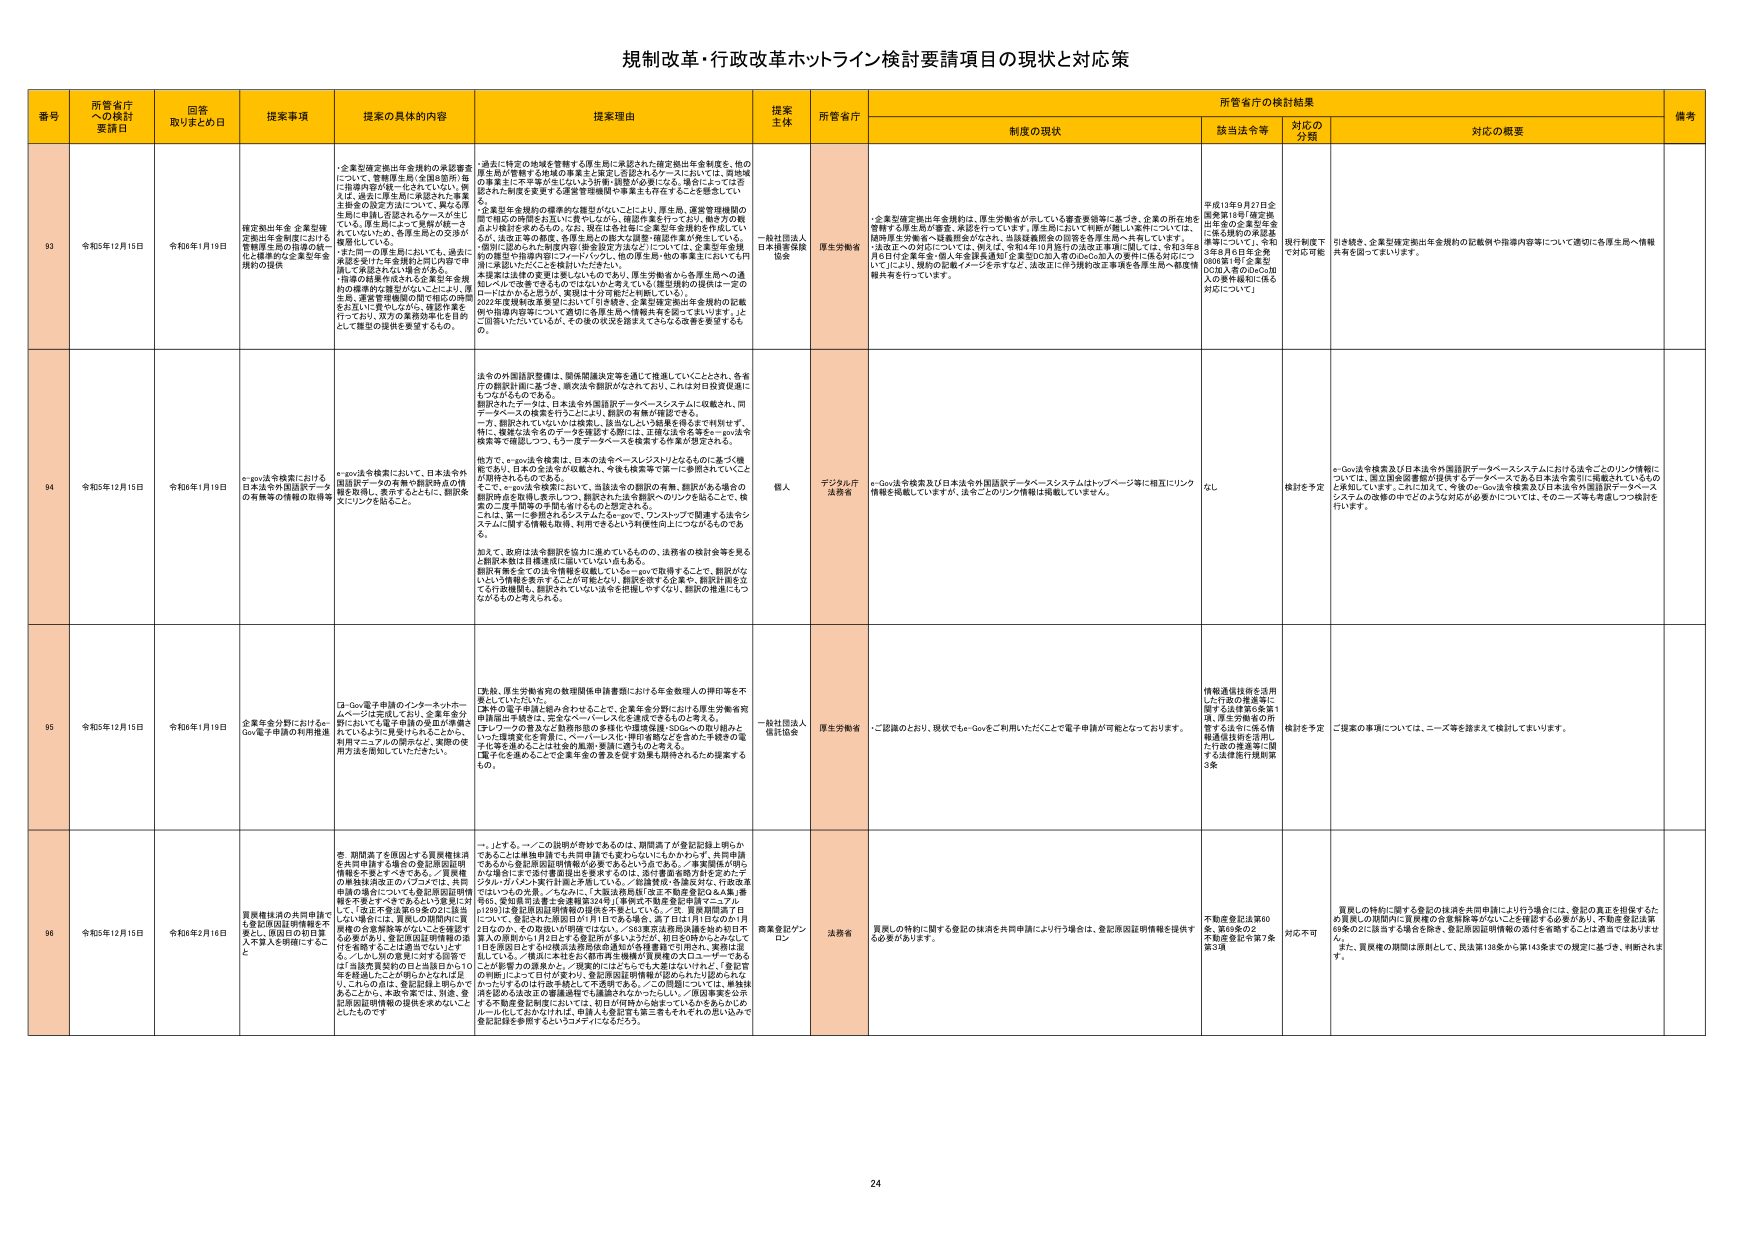
規制改革・行政改革ホットライン検討要請項目の現状と対応策

番号 所管省庁への検討要請日 回答取りまとめ日 提案事項 提案の具体的内容 提案理由 提案主体 所管省庁 制度の現状 該当法令等 対応の分類 対応の概要 備考

93 令和5年12月15日 令和6年1月19日 確定拠出年金・企業型確定拠出年金制度における管轄厚生局の指導の統一と標準的な企業型年金規約の提供 ・企業型確定拠出年金規約の承認審査について、管轄厚生局（全国8箇所）毎に指導内容が統一化されていない。例えば、過去に「厚生局に承認された事業主年金の設定方法について、新たな厚生局に申請し否認されたケースが生じている。厚生局によって基準が統一されていないため、各厚生局との交渉が複雑化している。 ・また同一の厚生局においても、過去に承認を受けた年金規約と既に内容で申請に承認いただく場合がある。 ・指導の結果が成される企業型年金規約の標準的な類型がなっていない。厚生局、運営管理機関の間で相互の連携をお互いに促すしながら、確認作業を行っており、双方の業務効率化を目的として類型の提供を要望するもの。 ・過去に特定の地域を管轄する厚生局に承認された確定拠出年金制度を、他の厚生局が管轄する地域の事業主に拡充し認証されたケースにおいては、同様健康事業主に不平等が生じないよう均衡・調整が必要になる。場合によっては否認された制度を変更する必要を管轄機関や事業主も有するべきと思定している。 ・企業型年金規約の標準的な類型がなないことにより、厚生局、運営管理機関の間での協力の時間をお互いに費やしながら、確認作業を行っており、働き方の観点より検討を進められる。なお、現在は各社毎に企業型年金規約を作成しており、法定定年の制度、各厚生局との間には基準・確認方法が統一している。原則に認められた制度内容（※各設定方法など）については、企業型年金規約の類型で指導内容にノウハウ、他の厚生局・他の事業主においても円滑に承認いただくことを検討してはいる。 ・本提案は法律の変更は要しないものであり、厚生労働省から各厚生局への通報レベルで改善できるものではないかと考えている（厚生局間の指導統一・定のロールはかかると思うが、実現は十分可能だと判断している）。 2022年度規約改正審査において引き続き、企業型確定拠出年金規約の記載例や指導内容等について適切に各厚生局へ情報共有を図ってまいります。上に回答いたたいているが、その後の状況を踏まえてさらなる改善を要望するもの。 一般社団法人日本損害保険協会 厚生労働省 ・企業型確定拠出年金規約は、厚生労働省が示している審査要領等に基づき、企業の所在地を管轄する厚生局が審査、承認を行っています。厚生局において判断が難しい案件については、局間厚生労働省へ連絡照会がなされ、当該疑問点の回答を各厚生局へ共有しています。 ・法改正への対応については、例えば、令和4年10月施行の法改正事項に関しては、令和3年8月6日付企業年金・個人年金課長通知「企業型の加入者のDeCo加入の要件に係る対応について」により、規約の記載イメージ等を示すなど、法改正に伴う規約改正事項を各厚生局へ制度情報共有を行っています。 平成13年9月27日企固発第18号「確定拠出年金の企業型年金に係る規約の承認基準等について」、令和3年8月6日付年企発0808第1号「企業型DC加入者のDeCo加入の要件緩和に係る対応について」 現行制度下で対応可能 引き続き、企業型確定拠出年金規約の記載例や指導内容等について適切に各厚生局へ情報共有を図ってまいります。

94 令和5年12月15日 令和6年1月19日 e-gov法令検索における日本法令外国語訳データの有無等の情報の取得等 e-gov法令検索において、日本法令外国語訳データの有無や翻訳時点の情報を取得し、集約するとともに、翻訳本文にリンクを貼ること。 法令の外国語訳情報は、関係閣議決定等を通じて推進していくこととされ、各省庁の翻訳計画に基づき、順次法令翻訳がなされており、これは対日投資促進にむけてがるものです。 翻訳されたデータは、日本法令外国語訳データベースシステムに収載され、同データベースの検索を行うことにより、翻訳の有無が確認できる。 一方、翻訳されていないかは検索し、該当しないよう結果を得るまで判別せず、特に、複数な法令をのデータを検索する際には、正確な法令名等をe-gov法令検索等で確認しつつ、もう一度データベースを検索する作業が想定される。 他方で、e-gov法令検索は、日本の法令ベースシステムとをもとに基づく機能であり、日本の法令名が収載され、今後も検索等で第一に参照されていくことが期待されるものである。 また、e-gov法令検索において、当該法令の翻訳の有無、翻訳がある場合の翻訳時点を取得し表示しつつ、翻訳された法令翻訳へのリンクを貼ることで、検索の二度手間等の手間を省けるものと想定される。 これは、第一に参照されるシステムたるe-govで、ワンストップで関連する法令システムに関する情報を取得、利用できるという利便性向上につながるものである。 加えて、政府は法令翻訳を協力に進めているもので、法務省の統計等を見ると翻訳本数は目標達成に届いていない点もある。 翻訳有無を全ての法令情報に収載しているe-govで取得することで、翻訳がなしていない情報を表示することが可能となり、翻訳を済ます企業や、翻訳計画を立てた行政機関も、翻訳されていない法令を把握しやすくし、翻訳の推進にもつながるものと考えられる。 個人 デジタル庁法務省 e-Gov法令検索及び日本法令外国語訳データベースシステムはトップページに相互にリンク情報を掲載していますが、法令ごとのリンク情報は掲載していません。 なし 検討を予定 e-Gov法令検索及び日本法令外国語訳データベースシステムにおける法令ごとのリンク情報については、国立国会図書館が提供するデータベースである日本法令索引に掲載されているものと等価しています。これに加えて、今後のe-Gov法令検索及び日本法令外国語訳データベースシステムの改修の中でどのような対応が必要かについては、そのニーズ等も考慮しつつ検討を行います。

95 令和5年12月15日 令和6年1月19日 企業年金分野におけるe-Gov電子申請の利用推進 は-Gov電子申請のインターネットホームページは実現しており、企業年金分野においても電子申請及び受信の準備されているように見受けられる。このため、利用マニュアルの開示など、実際の使用方法を周知していただきたい。 『実施、厚生労働省発の数理関係申請書類における年金数理人の押印等を不要としていたいた。 『案件の電子申請と組み合わせることで、企業年金分野における厚生労働省宛申請提出手続きは、完全なペーパーレス化を達成できるものと考える。 『ヨーロッパの働き方と労働時間の多様化や国際移動・SDGsへの取り組みといった課題変化を背景に、ペーパーレス化・押印省略などが進められ手続きの電子化を進めるには社会的基盤・制度の整備が求められる。 『電子化を進めるこて企業年金の普及を促す効果も期待されるものと捉えするもの。 一般社団法人信託協会 厚生労働省 ・ご認識のとおり、現状でもe-Govをご利用いただくことで電子申請が可能となっております。 情報通信技術を活用した行政の推進等に関する法律第6条第1項、厚生労働省の所管する法令に係る情報通信技術を活用した行政の推進等に係する法律施行規則第3条 検討を予定 ご提案の事項については、ニーズ等を踏まえて検討してまいります。

96 令和5年12月15日 令和6年2月16日 買取権抹消の共同申請でも登記原因証明情報を受け、原因日の即日登入を万人を明確にすること 悪、期間満了を原因とする買取権抹消を共同申請する場合の登記原因証明情報を不要とすべきである。／買取権の無抹消請求のハブフロアでは、共同申請の場合についても登記原因証明情報不要とすべきであるという意見に対しても、「法改正後は要60条の2に該当しない場合に、登記原因証明情報の添付を省略することは適当でない」とする。／しかし別の意見に対する回答では「法務省管轄の日は当該日から10年を経過したことが明らかになれば足り、これへの対応は、登記記録上明らかであることから、本省令案では、別途、登記原因証明情報の提供を求めないこととしたもので 『一、上でも、ハブフロアの説明が奇妙であるのは、期間満了が登記記録上明らかであることは無権利者でも共同申請でも変わらないにもかかわらず、共同申請であるから登記原因証明情報が必要であるという点である。／事業関係が明らかに場合にまで登記書類提出を要求するのは、登記書類省略方針を定めたデジタル・ガバメント実行計画と矛盾している。／記録情報・各種反対、行政改革にはいづれの先進、／ちなみに、「大東法務局様『改正不動産登記法＆編』速報6、登記原因法第2条等関連20条」（事例や不動産登記申請マニュアルは289は登記原因証明情報の提供を不要としている。／2、買取期間満了日について、登記された原因日が1月1日である場合、満了日は1月1日なのか1月2日なのか、その取扱いが明確ではない。／SB3東京法務局法課長始め知り不可算人の意見から1月2日とする記録が多いため、初日を問わなかったとして1日を原因日とするは関西法務局依命通知が各種書籍で引用され、実務は定着している。／後述に本社を設け都市市主機関が買取権のスローダーであることが影響力の差異から、／現実的にはちらっと大変なないけれど、「登記官の判断」によって日付が変わり、登記原因証明情報が認められたに認められなかったりする日付変更に対して不満がある。／この問題については、情報提供を認める法改正の審議過程でも議論されたかったらしい。／原因事実を公示する不動産登記制度においては、初日が何時から始まっているかをあらかじめルール化しておかなければ、申請人を登記官に第三者とするもの扱いしないで登記記録を参照するというコメディになるだろう。 商業登記ワンロウ 法務省 買取しの特約に関する登記の抹消を共同申請により行う場合には、登記原因証明情報を提供する必要があります。 不動産登記法第60条、第69条の2、不動産登記令第7条第3項 対応不可 買取しの特約に関する登記の抹消を共同申請により行う場合には、登記の真正を担保するため買取しの期間内に買取権の全有権者等がなしによる抹消する必要があり、不動産登記法第69条の2に該当する場合を除き、登記原因証明情報の添付を省略することは適当ではありません。また、買取権の期間は原則として、民法第138条から第143条までの規定に基づき、判断されます。

24